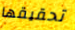
تحقيقها